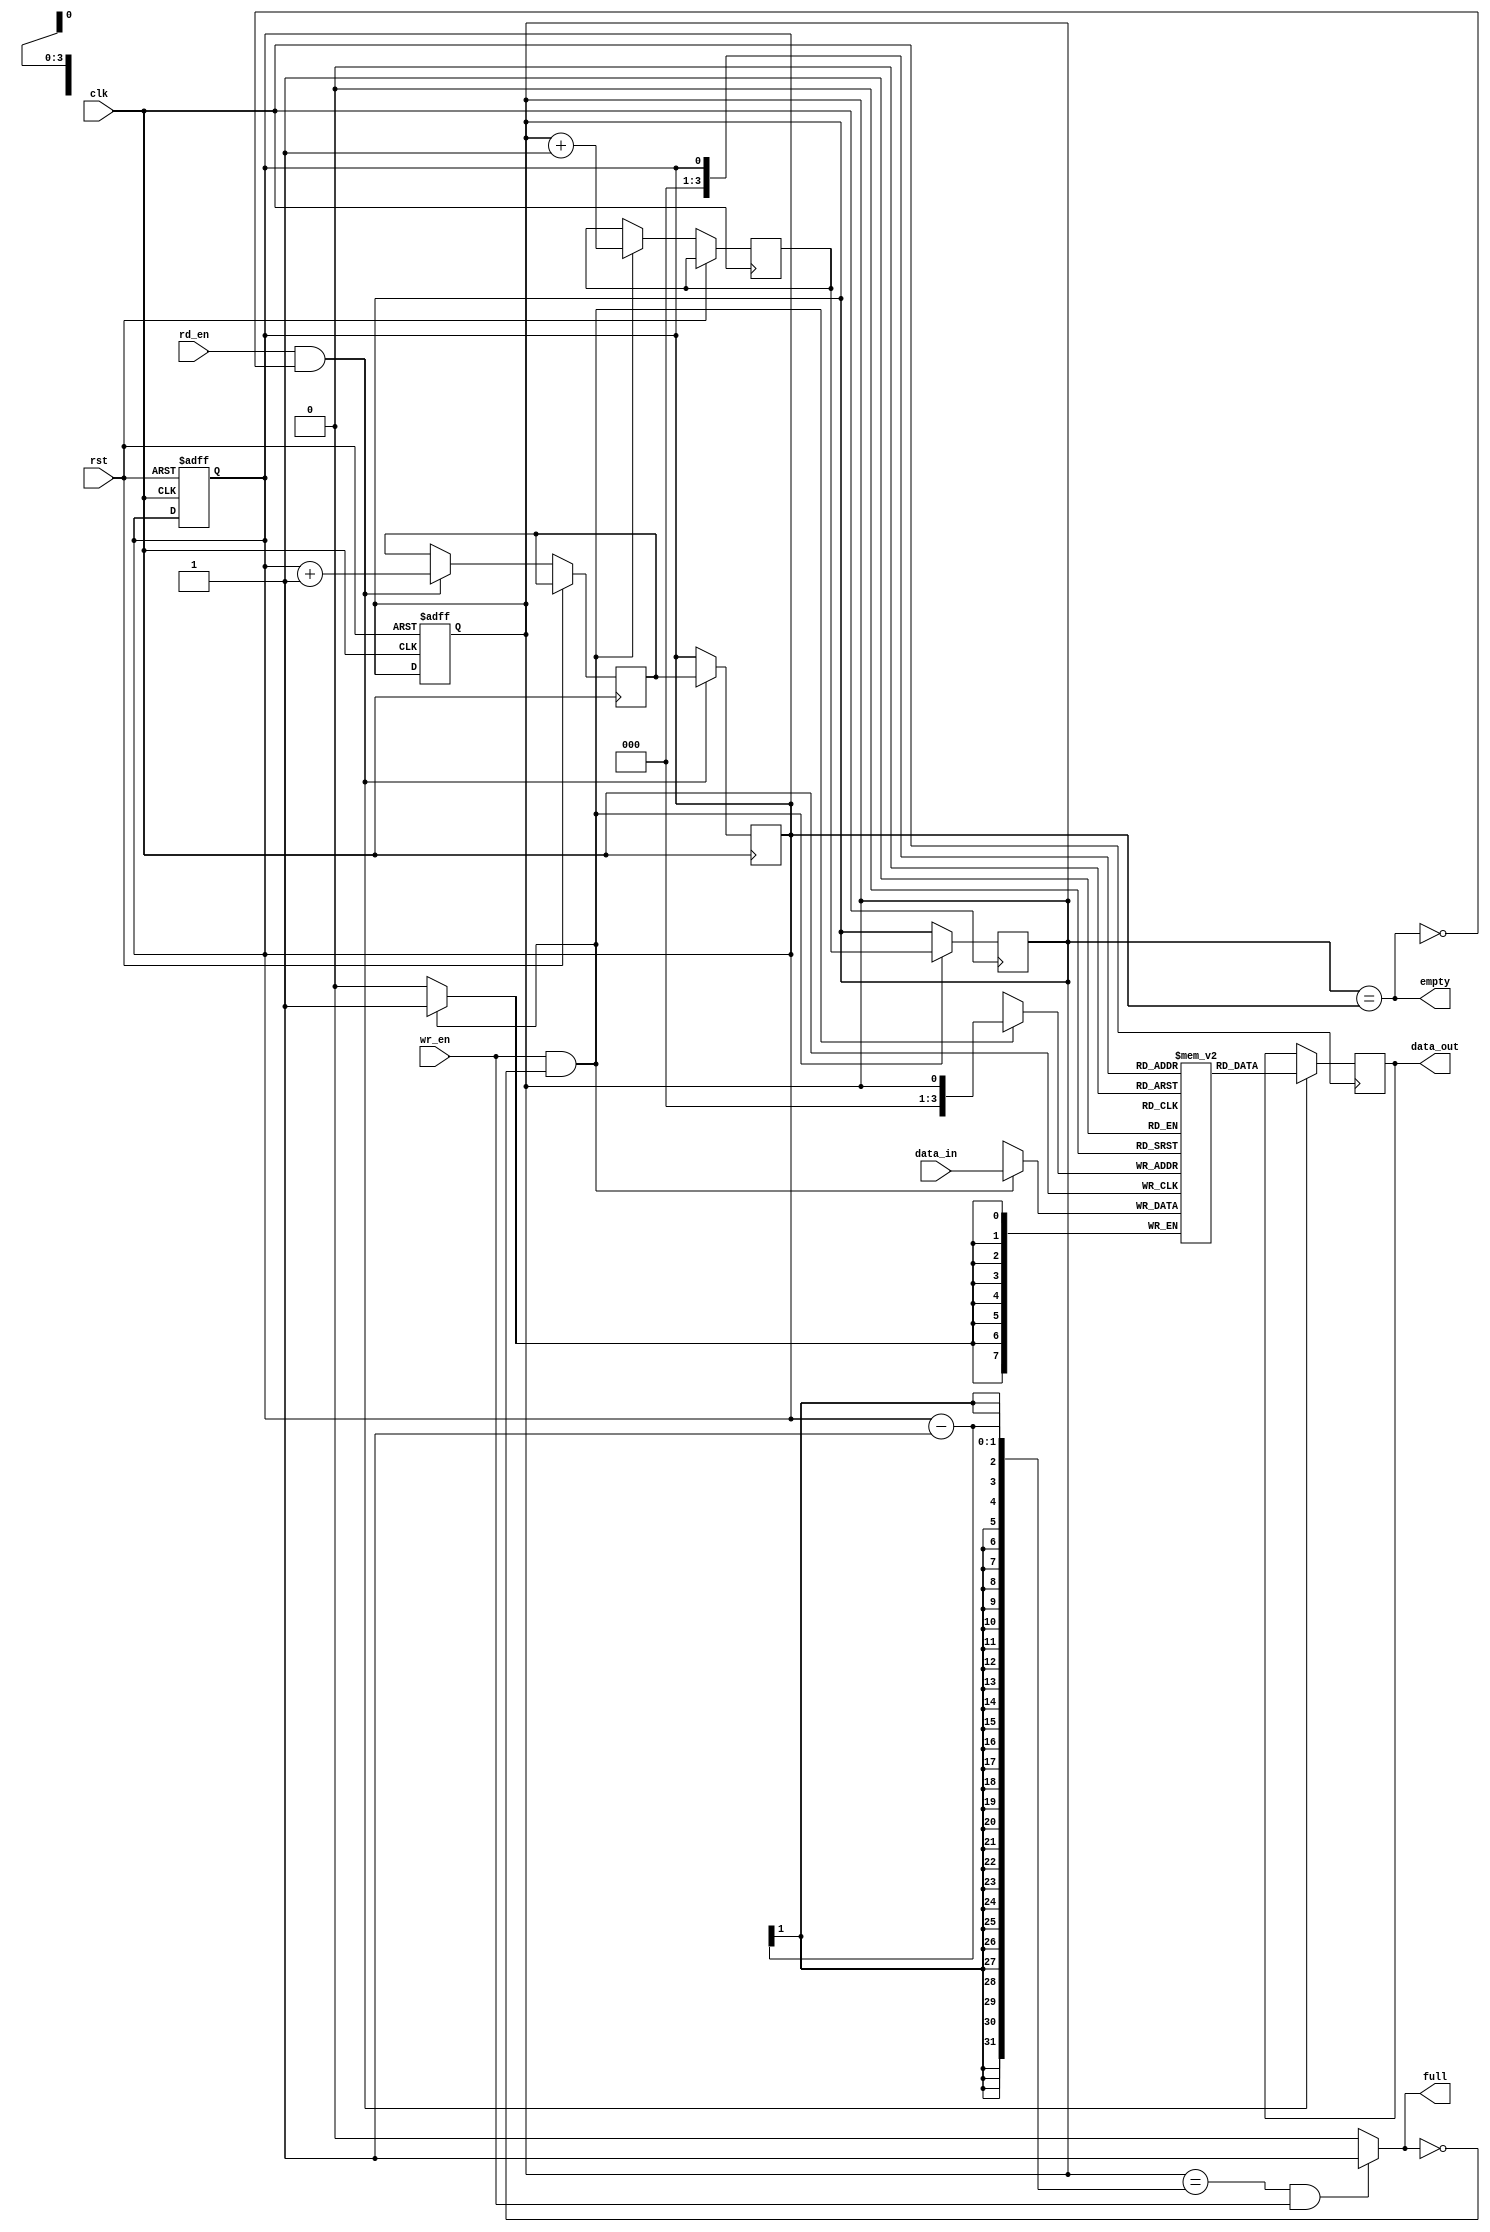
module fifo_buffer
(
input wire clk,
input wire rst,
input wire wr_en,
input wire rd_en,
input wire [7:0] data_in,
output reg [7:0] data_out,
output reg empty,
output reg full
);

parameter FIFO_DEPTH = 16; // Fixed number of data entries

reg [7:0] buffer [0:FIFO_DEPTH-1];
reg wr_ptr = 0;
reg rd_ptr = 0;
reg next_wr_ptr, next_rd_ptr;

always @(posedge clk or posedge rst)
begin
if (rst)
begin
wr_ptr <= 0;
rd_ptr <= 0;
end
else
begin
if (wr_en && !full)
next_wr_ptr = (wr_ptr == FIFO_DEPTH-1) ? 0 : wr_ptr + 1;
if (rd_en && !empty)
next_rd_ptr = (rd_ptr == FIFO_DEPTH-1) ? 0 : rd_ptr + 1;
end
end

always @(posedge clk)
begin
if (wr_en && !full)
begin
buffer[wr_ptr] <= data_in;
wr_ptr <= next_wr_ptr;
end
end

always @(posedge clk)
begin
if (rd_en && !empty)
begin
data_out <= buffer[rd_ptr];
rd_ptr <= next_rd_ptr;
end
end

always @(*)
begin
empty = (wr_ptr == rd_ptr);
full = ((wr_ptr == FIFO_DEPTH-1 && rd_ptr == 0) || (wr_ptr == rd_ptr-1 && wr_en)) ? 1 : 0;
end

endmodule